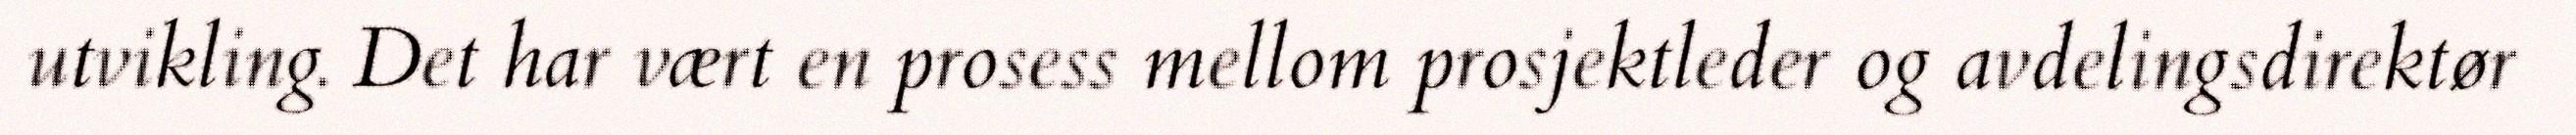
utvikling. Det har vært en prosess mellom prosjektleder og avdelingsdirektør